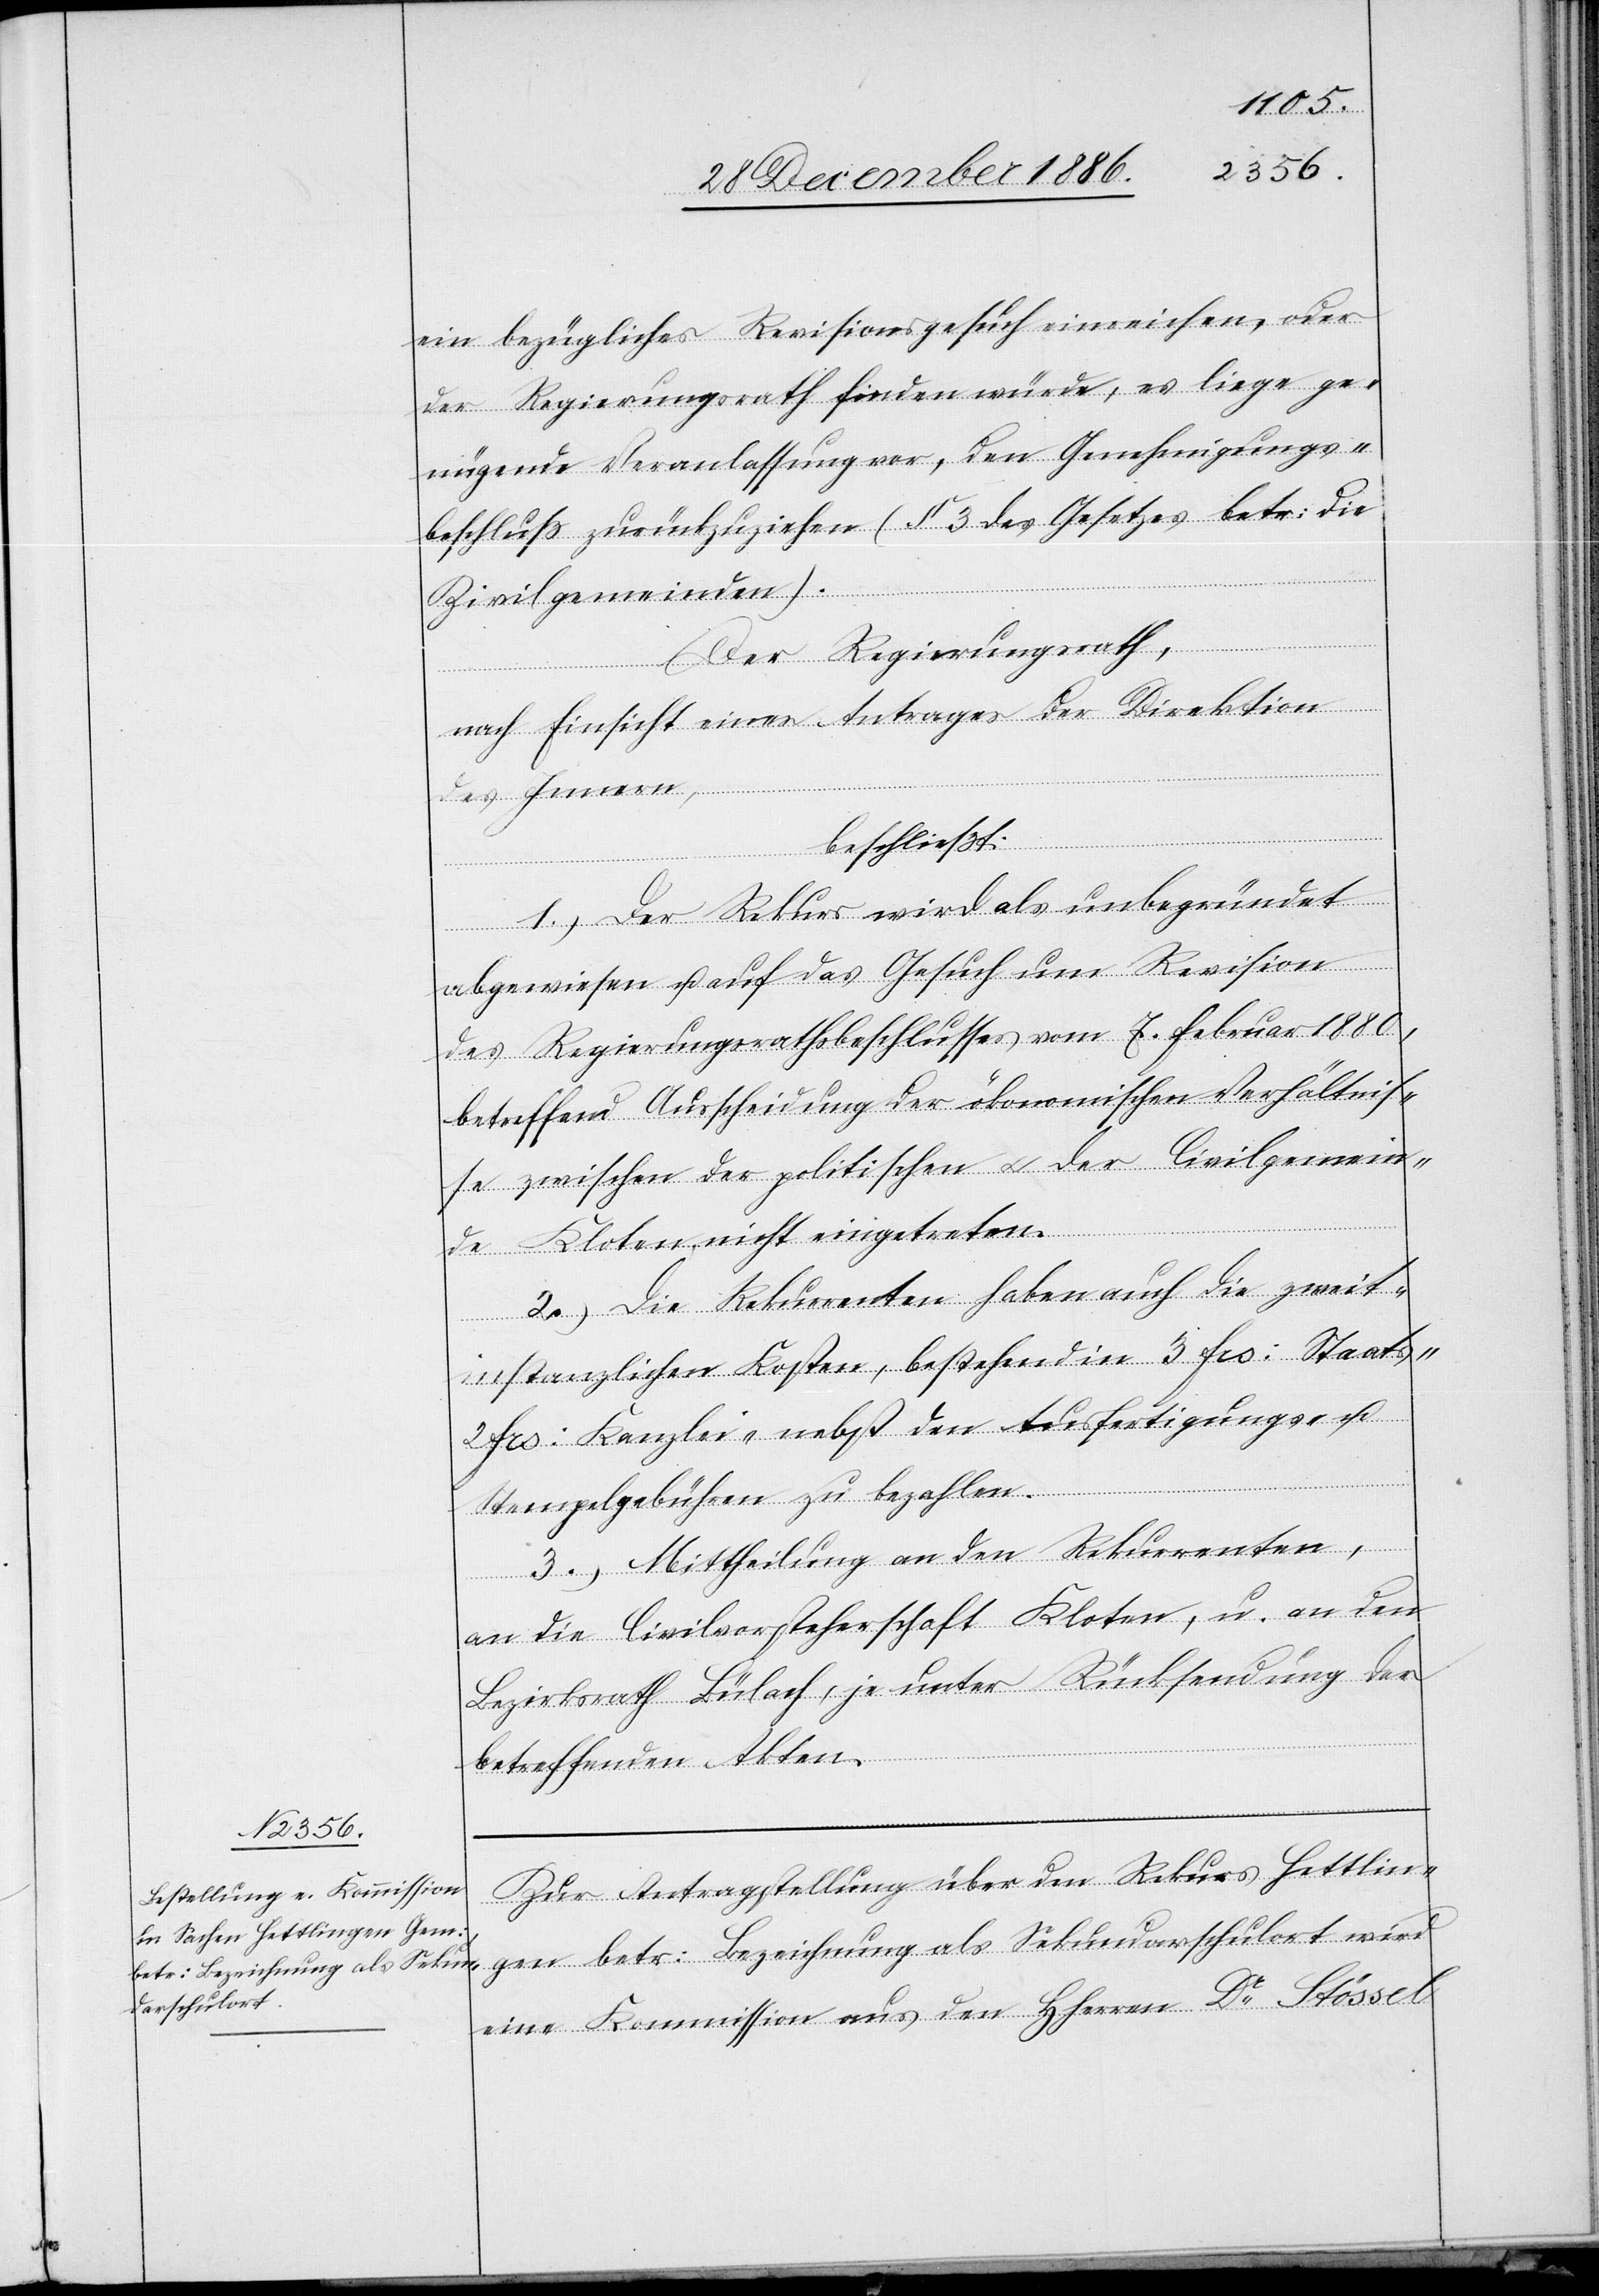
ein bezügliches Revisionsgesuch einreichen, oder
der Regierungsrath finden würde, es liege ge¬
nügende Veranlassung vor, den Genehmigungs¬
beschluß zurückzuziehen (§ 3 des Gesetzes betr: die
Zivilgemeinden).
Der Regierungsrath,
nach Einsicht eines Antrages der Direktion
des Innern,
beschließt:
1.) Der Rekurs wird als unbegründet
abgewiesen u. auf das Gesuch um Revision
des Regierungsrathsbeschlusses vom 7. Februar 1880,
betreffend Ausscheidung der ökonomischen Verhältnis¬
se zwischen der politischen & der Civilgemein¬
de Kloten nicht eingetreten.
2.) Die Rekurrenten haben auch die zweit¬
instanzlichen Kosten, bestehend in 3 Frs: Staats-
Frs: Kanzlei- nebst den Ausfertigungs- u.
Stempelgebühren zu bezahlen.
3.) Mittheilung an den Rekurrenten,
an die Civilvorsteherschaft Kloten, u. an den
Bezirksrath Bülach, je unter Rücksendung der
betreffenden Akten.
Zur Antragstellung über den Rekurs Hettlin¬
gen betr: Bezeichnung als Sekundarschulort wird
eine Kommission aus den HHerren Dr Stössel